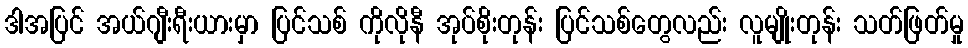
ဒါအပြင် အယ်ဂျီးရီးယားမှာ ပြင်သစ် ကိုလိုနီ အုပ်စိုးတုန်း ပြင်သစ်တွေလည်း လူမျိုးတုန်း သတ်ဖြတ်မှု